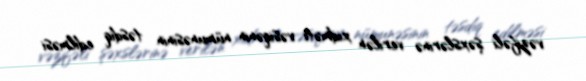
vəzifəli şəxslərinə verilən xidməti vəsiqənin nümunəsinin təsdiq edilməsi